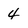
Character: 4